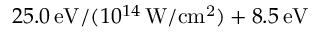
2 5 . 0 \, \mathrm { e V } / ( 1 0 ^ { 1 4 } \, \mathrm { W / c m ^ { 2 } } ) + 8 . 5 \, \mathrm { e V }